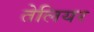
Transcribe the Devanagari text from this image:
तेलियर